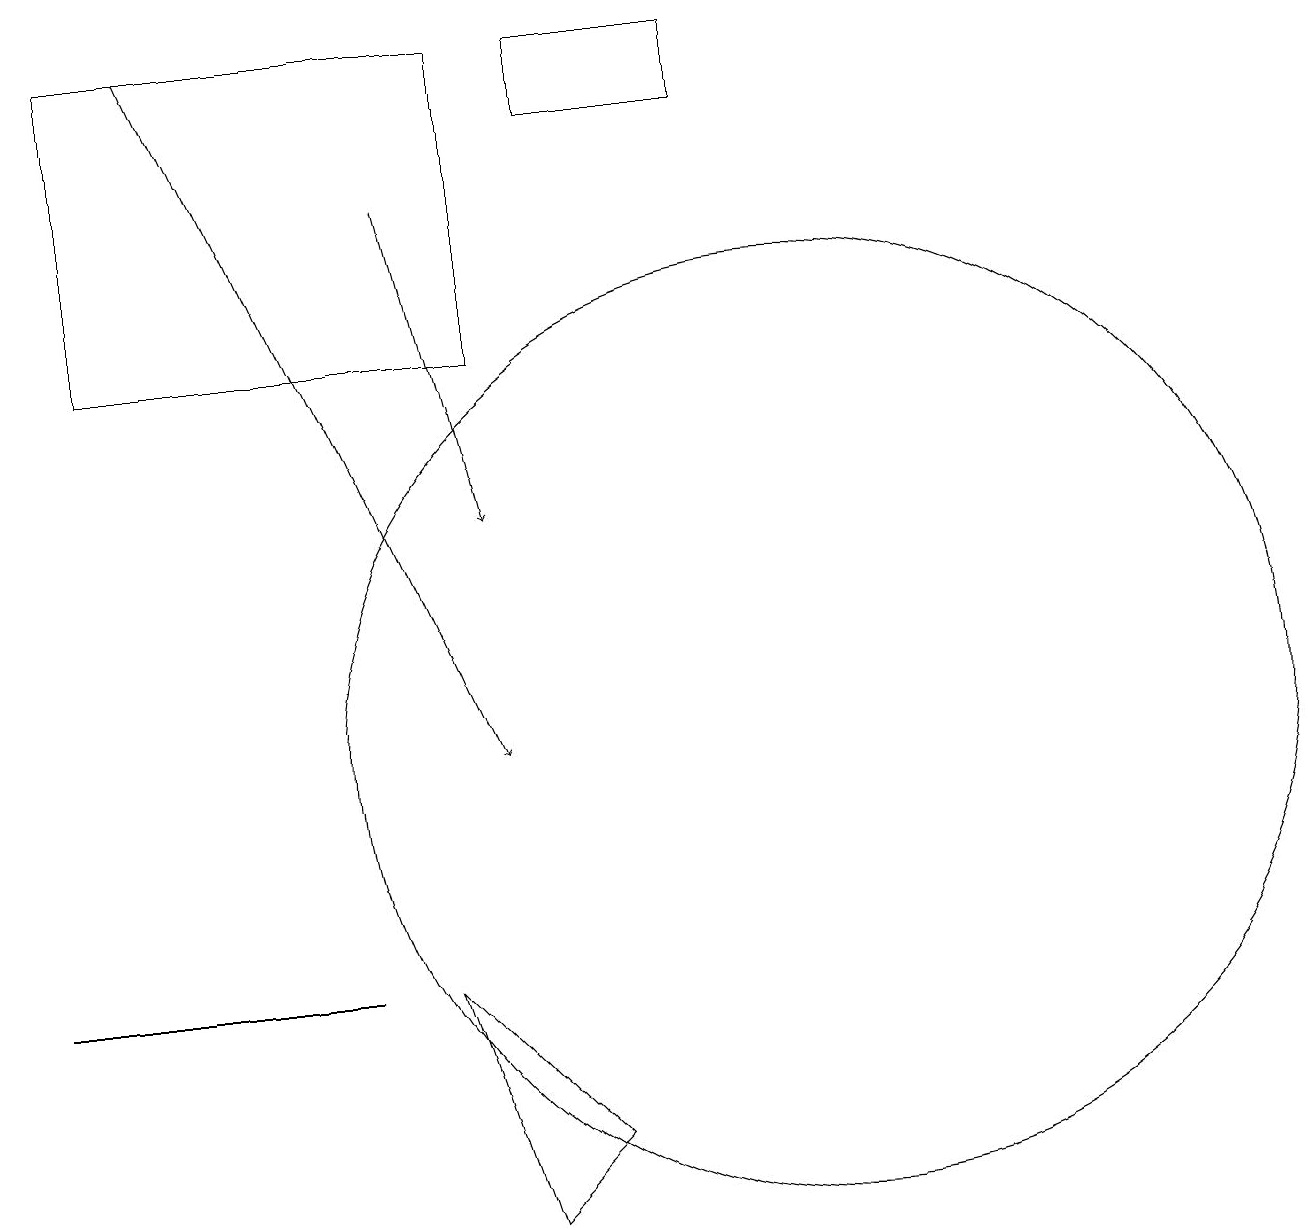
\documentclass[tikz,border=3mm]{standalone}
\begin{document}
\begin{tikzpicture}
\draw[->] (5,17) -- (6,13);
\draw (5,7) -- (7,5) -- (6,4) -- cycle;
\draw[->] (2,19) -- (6,10);
\draw (10,10) circle (6);
\draw (6,19) rectangle (1,15);
\draw (3,7) -- (4,7) -- (0,7) -- cycle;
\draw (7,19) rectangle (9,18);
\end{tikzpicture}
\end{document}